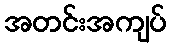
အတင်းအကျပ်